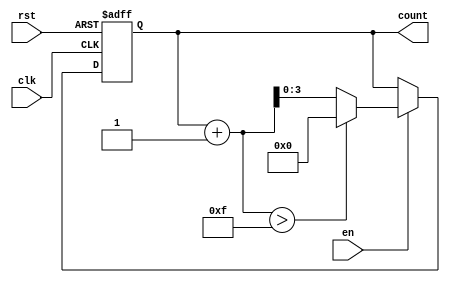
module incremental_counter #(
    parameter INIT_VAL = 0,          // Initial value of the counter
    parameter MAX_VAL = 15,          // Maximum value of the counter
    parameter INC_VAL = 1            // Increment value; default is 1
)(
    input wire clk,                  // Clock signal
    input wire rst,                  // Asynchronous reset signal
    input wire en,                   // Enable signal
    output reg [$clog2(MAX_VAL+1)-1:0] count // Counter output
);

    // Internal register to hold the current count value
    reg [$clog2(MAX_VAL+1)-1:0] current_count;

    // Always block to handle the counting operation
    always @(posedge clk or posedge rst) begin
        if (rst) begin
            // On reset, set the counter to the initial value
            current_count <= INIT_VAL;
        end else if (en) begin
            // If enabled, increment the counter
            if (current_count + INC_VAL > MAX_VAL) begin
                // Wrap around to initial value if exceeding max
                current_count <= INIT_VAL;
            end else begin
                // Otherwise increment the current count
                current_count <= current_count + INC_VAL;
            end
        end
    end

    // Assign the current count to the output
    assign count = current_count;

endmodule